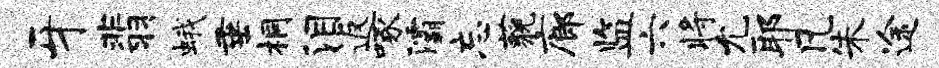
牙翡蛾垂桐泪返啄灞忘藐廊监六将允耶凡朱途